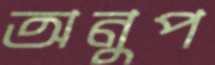
অনুপ